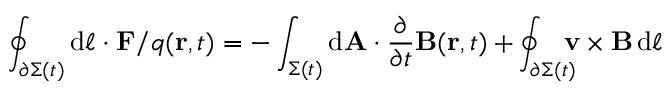
\oint _ { \partial \Sigma ( t ) } \mathrm { d } { \boldsymbol { \ell } } \cdot \mathbf { F } / q ( \mathbf { r } , t ) = - \int _ { \Sigma ( t ) } \mathrm { d } \mathbf { A } \cdot { \frac { \partial } { \partial t } } \mathbf { B } ( \mathbf { r } , t ) + \oint _ { \partial \Sigma ( t ) } \! \! \! \! \mathbf { v } \times \mathbf { B } \, \mathrm { d } { \boldsymbol { \ell } }